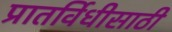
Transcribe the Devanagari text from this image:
प्रातर्विधीसाठी